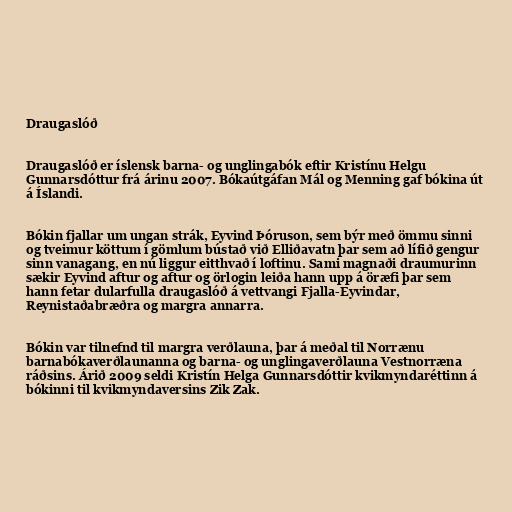
Draugaslóð

Draugaslóð er íslensk barna- og unglingabók eftir Kristínu Helgu
Gunnarsdóttur frá árinu 2007. Bókaútgáfan Mál og Menning gaf bókina út
á Íslandi.

Bókin fjallar um ungan strák, Eyvind Þóruson, sem býr með ömmu sinni
og tveimur köttum í gömlum bústað við Elliðavatn þar sem að lífið gengur
sinn vanagang, en nú liggur eitthvað í loftinu. Sami magnaði draumurinn
sækir Eyvind aftur og aftur og örlogin leiða hann upp á öræfi þar sem
hann fetar dularfulla draugaslóð á vettvangi Fjalla-Eyvindar,
Reynistaðabræðra og margra annarra.

Bókin var tilnefnd til margra verðlauna, þar á meðal til Norrænu
barnabókaverðlaunanna og barna- og unglingaverðlauna Vestnorræna
ráðsins. Árið 2009 seldi Kristín Helga Gunnarsdóttir kvikmyndaréttinn á
bókinni til kvikmyndaversins Zik Zak.